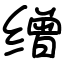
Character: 缯